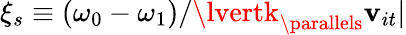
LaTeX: \xi_{s}\equiv(\omega_{0}-\omega_{1})/\lvertk_{\parallels}\mathbf{v}_{it}\rvert